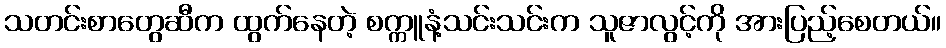
သတင်းစာတွေဆီက ထွက်နေတဲ့ စက္ကူနံ့သင်းသင်းက သူဇာလွင့်ကို အားပြည့်စေတယ်။